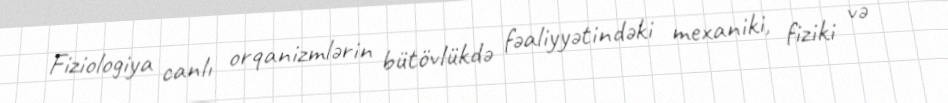
Fiziologiya canlı orqanizmlərin bütövlükdə fəaliyyətindəki mexaniki, fiziki və